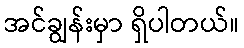
အင်ချွန်းမှာ ရှိပါတယ်။